Document type: Sale
Year: 1354
Scribe: Bernat de Torre
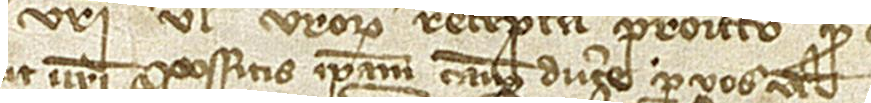
vos aut vestri possitis ipsam causam ducere per vos vel